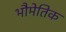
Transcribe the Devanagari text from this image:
भौमेतिक